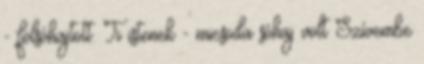
- fölsóhajtott. Ti istenek - micsoda sóhaj volt Szívembe